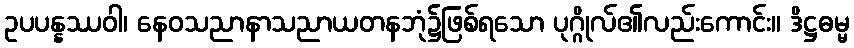
ဥပပန္နဿဝါ၊ နေဝသညာနာသညာယတနဘုံ၌ဖြစ်ရသော ပုဂ္ဂိုလ်၏လည်းကောင်း။ ဒိဋ္ဌဓမ္မ